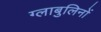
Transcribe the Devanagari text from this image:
ग्लाबुलिनों